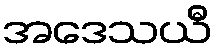
အဒေသယီ